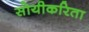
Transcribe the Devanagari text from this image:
सोयीकरिता